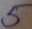
Text: 5